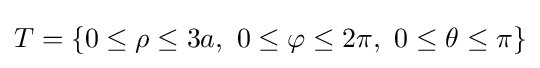
T=\{0\leq \rho \leq 3a,\ 0\leq \varphi \leq 2\pi ,\ 0\leq \theta \leq \pi \}